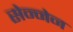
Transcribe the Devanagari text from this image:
सेन्नेन